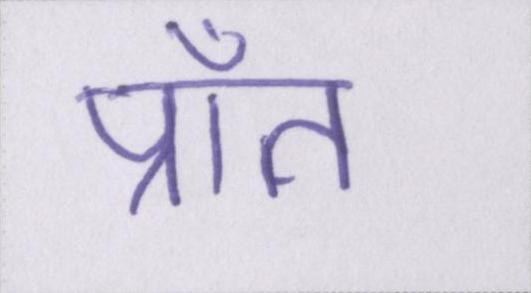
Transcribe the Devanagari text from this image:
प्राँत